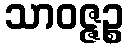
သာဝဇ္ဇဉ္စ